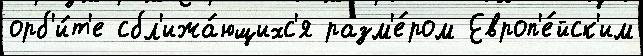
орб'и́т'е сбл'ижа́ющихс'я разм'е́ром Европ'е́йск'им